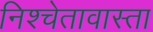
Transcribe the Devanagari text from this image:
निश्चेतावास्ता